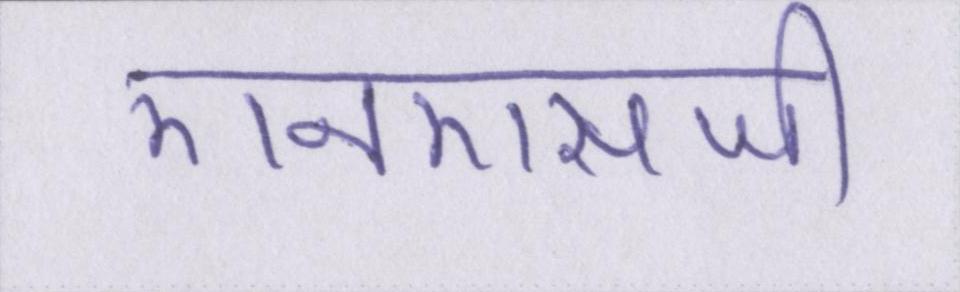
एनएसजी